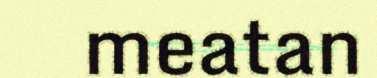
meatan